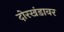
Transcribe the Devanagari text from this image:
दोरखंडावर